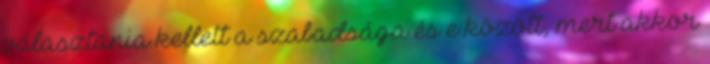
választania kellett a szabadsága és e között, mert akkor